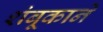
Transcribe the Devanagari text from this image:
शंबूकाने